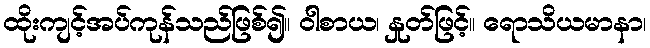
ထိုးကျင့်အပ်ကုန်သည်ဖြစ်၍။ ဝါစာယ၊ နှုတ်ဖြင့်။ ရောသိယမာနာ၊